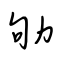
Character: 劬